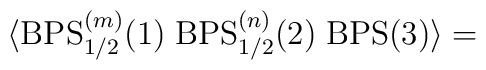
\langle \mbox{BPS}_{1/2}^{(m)}(1)\; \mbox{BPS}_{1/2}^{(n)}(2)\;\mbox{BPS}(3)\rangle=